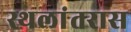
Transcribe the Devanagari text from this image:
स्थलांतरास